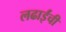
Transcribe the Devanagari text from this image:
लढाईंची